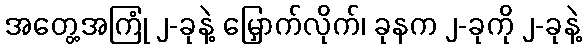
အတွေ့အကြုံ ၂-ခုနဲ့ မြှောက်လိုက်၊ ခုနက ၂-ခုကို ၂-ခုနဲ့